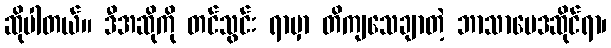
ဆိုပါတယ်။ ဒီအဆိုကို တင်သွင်း ရာမှာ တိကျသေချာတဲ့ ဘာသာဗေဒဆိုင်ရာ၊